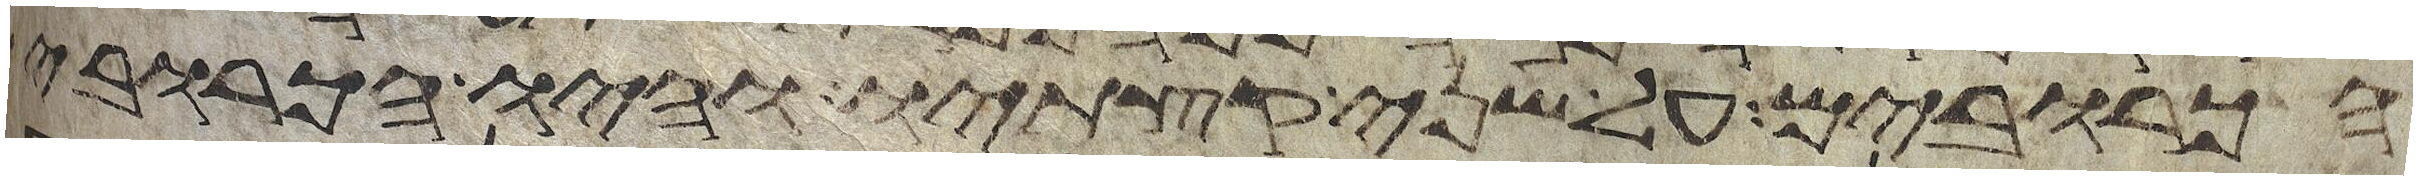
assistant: הכרובים על שני קצתיו והיו הכרובים